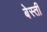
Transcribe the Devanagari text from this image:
बेस्ती